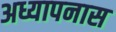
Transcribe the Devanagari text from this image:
अध्यापनास